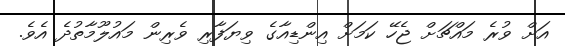
އަށް ވުރެ މައްޗަށް ޖެހޭ ކަމަށް އިންޑިއާގެ ވިޔަފާރި ވެރިން މައުލޫމާތުދެ އެވެ.